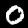
Digit: 0